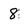
Character: 8